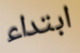
ابتداء